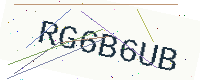
Text: RG6B6UB